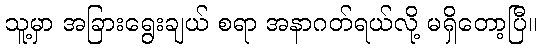
သူ့မှာ အခြားရွေးချယ် စရာ အနာဂတ်ရယ်လို့ မရှိတော့ပြီ။